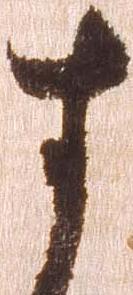
す